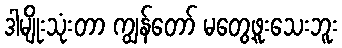
ဒါမျိုးသုံးတာ ကျွန်တော် မတွေ့ဖူးသေးဘူး